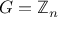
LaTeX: G = \mathbb { Z } _ { n }